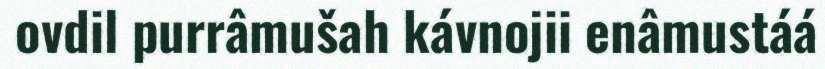
ovdil purrâmušah kávnojii enâmustáá